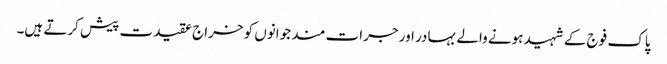
پاک فوج کے شہید ہونے والے بہادر اور جرات مند جوانوں کو خراج عقیدت پیش کرتے ہیں۔